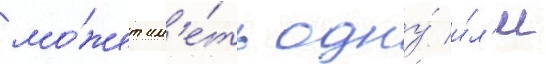
мо́жет им'е́ть одну́ и́л'и